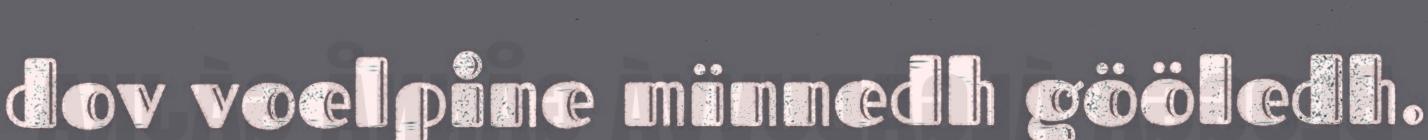
dov voelpine mïnnedh gööledh.